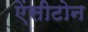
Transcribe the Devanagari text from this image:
ऐंसीटोन